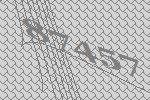
87457